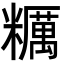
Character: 糲